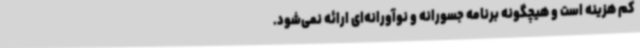
کم هزینه است و هیچگونه برنامه جسورانه و نوآورانه‌ای ارائه نمی‌شود.